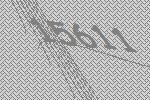
15611